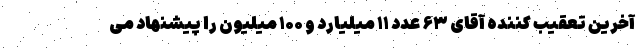
آخرین تعقیب کننده آقای ۶۳ عدد ۱۱ میلیارد و ۱۰۰ میلیون را پیشنهاد می